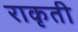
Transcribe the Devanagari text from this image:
राकृती